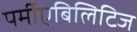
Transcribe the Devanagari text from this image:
पर्मीएबिलिटिज